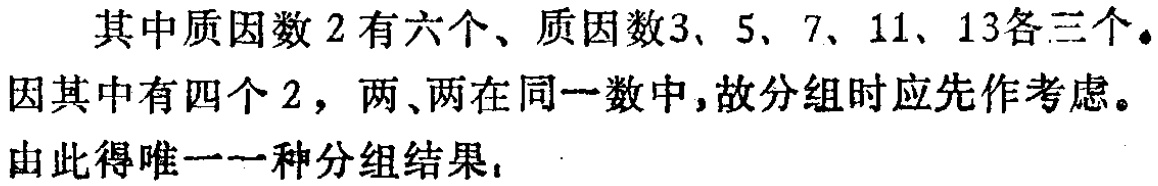
其中质因数 \(2\) 有六个、质因数 \(3\)、\(5\)、\(7\)、\(11\)、\(13\)各三个。

因其中有四个 \(2\)，两、两在同一数中，故分组时应先作考虑。

由此得唯一一种分组结果，